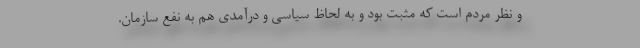
و نظر مردم است که مثبت بود و به لحاظ سیاسی و درآمدی هم به نفع سازمان.